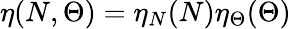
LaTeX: \eta(N,\Theta)=\eta_{N}(N)\eta_{\Theta}(\Theta)